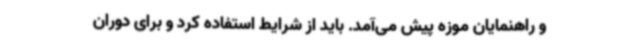
و راهنمایان موزه پیش می‌آمد. باید از شرایط استفاده کرد و برای دوران